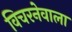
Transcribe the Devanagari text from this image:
विचरनेवाला